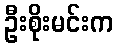
ဦးစိုးမင်းက